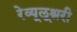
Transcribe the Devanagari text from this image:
रेव्यूलूश्नरी